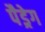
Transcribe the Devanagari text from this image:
पैड्रेग